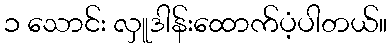
၁ သောင်း လှူဒါန်းထောက်ပံ့ပါတယ်။